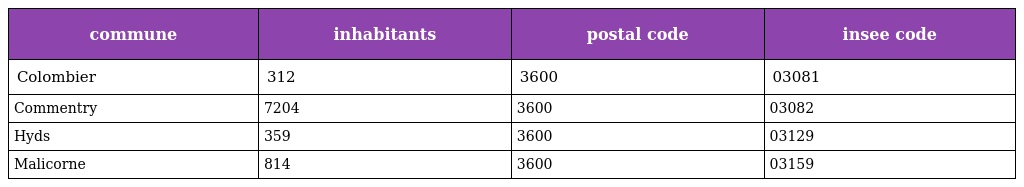
| commune | inhabitants | postal code | insee code |
 | --- | --- | --- | --- |
 | Colombier | 312 | 3600 | 03081 |
 | Commentry | 7204 | 3600 | 03082 |
 | Hyds | 359 | 3600 | 03129 |
 | Malicorne | 814 | 3600 | 03159 |